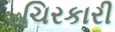
ચિરકારી